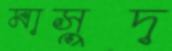
মাসুদ